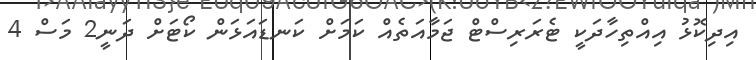
އިދިކޮޅު އިއްތިހާދަކީ ޓެރަރިސްޓް ޖަމާއަތެއް ކަމަށް ކަނޑައަޅަން ކޯޓަށް ދަނީ2 މަސް 4